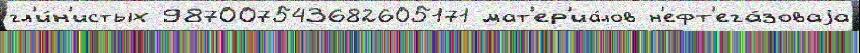
гл'и́н'истых 987007543682605171 мат'ер'иа́лов н'ефт'ега́зоваjа